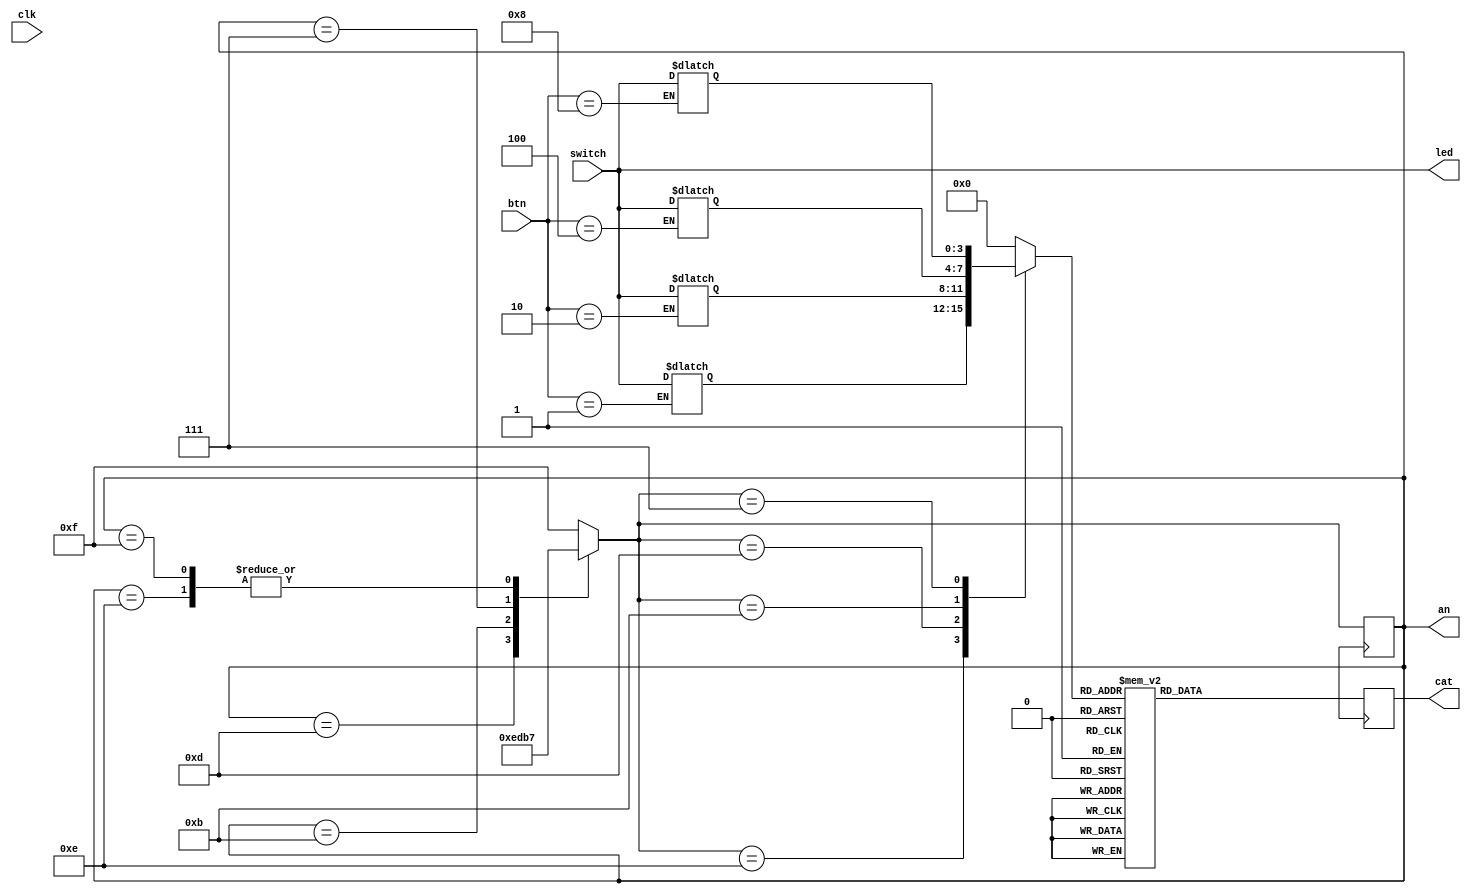

`timescale 1ns / 1ps
//////////////////////////////////////////////////////////////////////////////////
// Company: 
// Engineer: 
// 
// Design Name: 
// Module Name:    Strobing 
// Project Name: 
// Target Devices: 
// Tool versions: 
// Description: 
//
// Dependencies: 
//
// Revision: 
// Revision 0.01 - File Created
// Additional Comments: 
//
//////////////////////////////////////////////////////////////////////////////////

module Strobing(switch, btn, clk, led, cat, an);

	input [3:0] switch;
	input [3:0] btn;
	input clk;

	output [3:0] led;
	output [6:0] cat;
	output [3:0] an;
	
	reg [3:0] led;
	reg [6:0] cat;
	reg [3:0] an;

	reg [3:0] dig;
	reg slow_clock;
	integer count;
	integer current_val, v1, v2, v3, v4;
	
	always @(posedge clk)
		create_slow_clock(clk, slow_clock);

	always @(posedge slow_clock)
	begin
		case(an)
			14: an = 7;
			13: an = 14;
			11: an = 13;
			7:	an = 11;
			15:	an = 7;
			default: an = 15;
		endcase
		dig=0;
		case(an)
			14: dig = v4;
			13: dig = v3;
			11: dig = v2;
			7:	dig = v1;
		endcase
		cat = cat_val(dig);
	end

	always @(switch)
	begin
		led = switch;
		current_val = switch;
	end

	always @(btn)
	begin
		case(btn)
			8: v1 = current_val;
			4: v2 = current_val;
			2: v3 = current_val;
			1: v4 = current_val;
		endcase
	end

	function [6:0] cat_val;
		input [3:0] dig;
		begin
			case(dig)
				0: cat_val=64;
				1: cat_val=121;
				2: cat_val=36;
				3: cat_val=48;
				4: cat_val=25;
				5: cat_val=18;
				6: cat_val=2;
				7: cat_val=120;
				8: cat_val=0;
				9: cat_val=24;
			   10: cat_val=8;
			   11: cat_val=3;
			   12: cat_val=70;
			   13: cat_val=33;
			   14: cat_val=6;
			   15: cat_val=14;
				default: cat_val=127;
			endcase
		end
	endfunction

	task create_slow_clock;
		input clock;
		inout slow_clock;
		integer count;
		
		begin
			if (count > 25000)
			begin
				count=0;
				slow_clock = ~slow_clock;
			end
			count = count+1;
		end
	endtask

endmodule